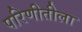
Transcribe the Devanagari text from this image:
परिणीतीला